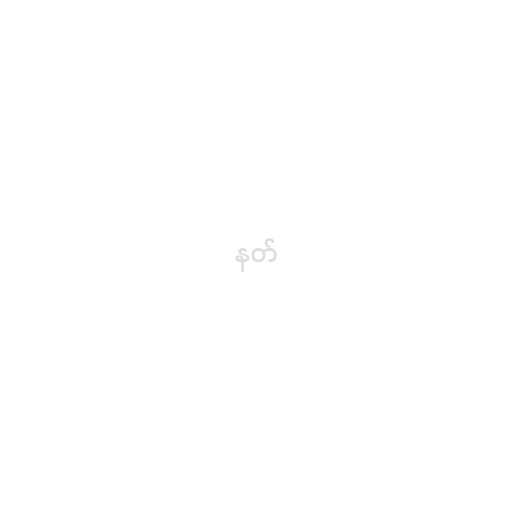
နတ်